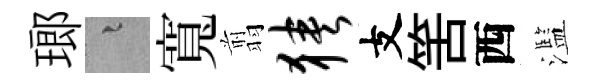
瑯融寬翦狭支筈西濫